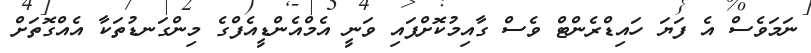
ނަމަވެސް އެ ފަޔަ ހައިޑްރެންޓް ވެސް ގާއިމުކޮށްފައި ވަނީ އެމްއެންޑީއެފްގެ މިންގަނޑުތަކާ އެއްގޮތަށް